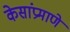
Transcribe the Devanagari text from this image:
केसांप्रमाणे